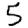
Digit: 5